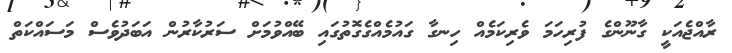
ރާއްޖެއަކީ ގާނޫންގެ ފުރިހަމަ ވެރިކަމެއް ހިނގާ ގައުމެއްގެގޮތުގައި ބޭއްވުމަށް ސަރުކާރުން އަބަދުވެސް މަސައްކަތް